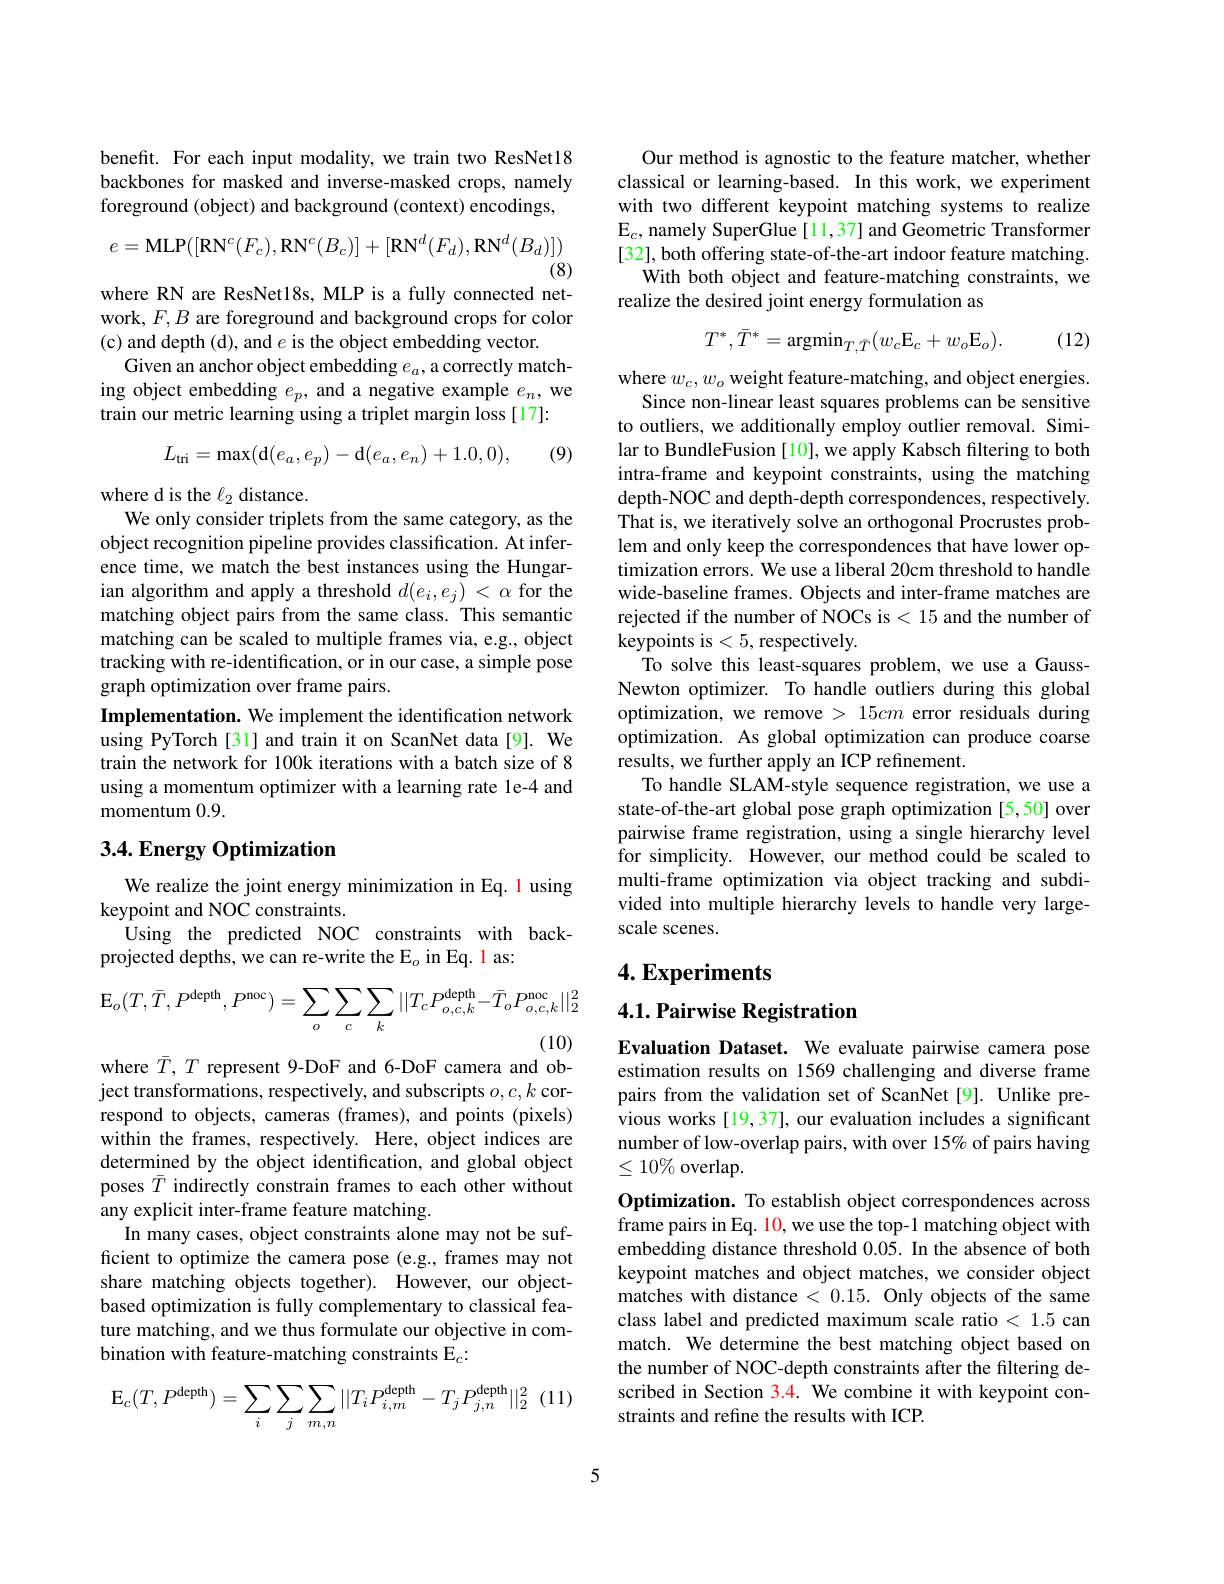
benefit. For each input modality, we train two ResNet18 backbones for masked and inverse-masked crops, namely foreground (object) and background (context) encodings,
$$e=\mathrm{MLP}([\mathrm{RN}^{c}(F_{c}),\mathrm{RN}^{c}(B_{c})]+[\mathrm{RN}^{d}(F_{d}),\mathrm{RN}^{d}(B_{d})])$$
(8)

where RN are ResNet18s, MLP is a fully connected network, $F,B$ are foreground and background crops for color (c) and depth (d), and $e$ is the object embedding vector.
Given an anchor object embedding $e_a$, a correctly matching object embedding $e_p$, and a negative example $e_n$, we train our metric learning using a triplet margin loss [17]:
$$L_{\mathrm{tri}}=\max(\mathrm{d}(e_a,e_p)-\mathrm{d}(e_a,e_n)+1.0,0),$$
(9)

where d is the $\ell_2$ distance.
We only consider triplets from the same category, as the object recognition pipeline provides classification. At inference time, we match the best instances using the Hungarian algorithm and apply a threshold $d(e_i,e_j)<\alpha$ for the matching object pairs from the same class. This semantic matching can be scaled to multiple frames via, e.g., object tracking with re-identification, or in our case, a simple pose graph optimization over frame pairs.
Implementation. We implement the identification network using PyTorch[31] and train it on ScanNet data[9]. We train the network for 100k iterations with a batch size of 8 using a momentum optimizer with a learning rate le-4 and momentum 0.9.

## $3. 4. \textbf{Energy Optimization}$

We realize the joint energy minimization in Eq. 1 using
keypoint and NOC constraints.
Using the predicted NOC constraints with back-
projected depths, we can re-write the E$_o$ in Eq. l as:
$$\mathrm{E}_{o}(T,\bar{T},P^{\mathrm{depth}},P^{\mathrm{noc}})=\sum_{o}\sum_{c}\sum_{k}||T_{c}P^{\mathrm{depth}}_{o,c,k}-\bar{T}_{o}P^{\mathrm{noc}}_{o,c,k}||_{2}^{2}$$
(10)

where $\bar{T},T$ represent 9-DoF and 6-DoF camera and ob-

ject transformations, respectively, and subscripts $o,c,k$ correspond to objects, cameras (frames), and points (pixels) within the frames, respectively. Here, object indices are determined by the object identification, and global object poses $\bar{T}$ indirectly constrain frames to each other without any explicit inter-frame feature matching.
In many cases, object constraints alone may not be sufficient to optimize the camera pose (e.g., frames may not share matching objects together). However, our objectbased optimization is fully complementary to classical feature matching, and we thus formulate our objective in combination with feature-matching constraints E$_c{:}$
$$\mathrm{E}_{c}(T,P^{\mathrm{depth}})=\sum_{i}\sum_{j}\sum_{m,n}||T_{i}P^{\mathrm{depth}}-T_{j}P^{\mathrm{depth}}||_{2}^{2}$$
Our method is agnostic to the feature matcher, whether classical or learning-based. In this work, we experiment with two different keypoint matching systems to realize $\mathrm{E}_c$, namely SuperGlue [11,37] and Geometric Transformer $[32],both$ offering state-of-the-art indoor feature matching.
With both object and feature-matching constraints, we
realize the desired joint energy formulation as
$$T^*,\bar{T}^*=\mathrm{argmin}_{T,\bar{T}}(w_c\mathrm{E}_c+w_o\mathrm{E}_o).$$
(12)

where $w_c,w_o$ weight feature-matching, and object energies.
Since non-linear least squares problems can be sensitive to outliers, we additionally employ outlier removal. Similar to BundleFusion [10], we apply Kabsch filtering to both intra-frame and keypoint constraints, using the matching depth-NOC and depth-depth correspondences, respectively. That is, we iteratively solve an orthogonal Procrustes problem and only keep the correspondences that have lower optimization errors. We use a liberal 20cm threshold to handle wide-baseline frames. Objects and inter-frame matches are rejected if the number of NOCs is < 15 and the number of keypoints is<5,respectively.
To solve this least-squares problem, we use a GaussNewton optimizer. To handle outliers during this global optimization, we remove > 15cm error residuals during optimization. As global optimization can produce coarse results, we further apply an ICP refinement.
To handle SLAM-style sequence registration, we use a state-of-the-art global pose graph optimization [5,50] over pairwise frame registration, using a single hierarchy level for simplicity. However, our method could be scaled to multi-frame optimization via object tracking and subdivided into multiple hierarchy levels to handle very largescale scenes.

# 4. Experiments

4.1. Pairwise Registration

Evaluation Dataset. We evaluate pairwise camera pose estimation results on 1569 challenging and diverse frame pairs from the validation set of ScanNet [9]. Unlike previous works [19,37], our evaluation includes a significant number of low-overlap pairs, with over 15% of pairs having $\leq10\%$ overlap

Optimization. To establish object correspondences across frame pairs in Eq. 10, we use the top-1 matching object with embedding distance threshold 0.05. In the absence of both keypoint matches and object matches, we consider object matches with distance < 0.15. Only objects of the same class label and predicted maximum scale ratio < 1.5 can match. We determine the best matching object based on the number of NOC-depth constraints after the filtering described in Section 3.4. We combine it with keypoint constraints and refine the results with ICP.

5